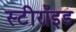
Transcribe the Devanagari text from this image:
स्टीरॉइड